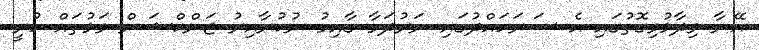
އޭނާ ވިދާޅުވިގޮތުގައި އެ ސަރަހައްދުގައި ނަރުދަމާ ގާއިމު ނުކުރާއިރު ޖަންކްޝަން ވަޅުތައް ހުރީ